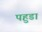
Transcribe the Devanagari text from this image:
पहुडा